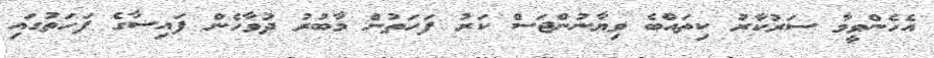
އެހެންވީމާ ސަރުކާރު ކިތައްބެ ވިޔާނުންޖަސް ކަރު ފަހަތުން މާބުރު ދުވާހެން ފައިސާގެ ފަހަތުގައި